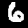
Digit: 6